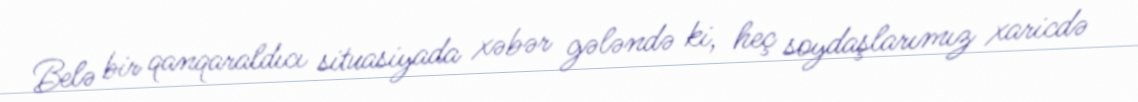
Belə bir qanqaraldıcı situasiyada xəbər gələndə ki, heç soydaşlarımız xaricdə